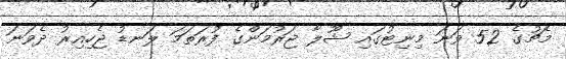
މެޗުގެ 52 ވަނަ މިނިޓުގައި ޝޫލާ ޖަރުމަންގެ ފުރަތަމަ ލަނޑު ޖެހިއިރު ދެވަނަ